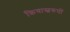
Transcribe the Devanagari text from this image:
क्रियास्वरूपों